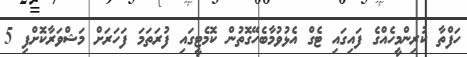
ހަފްތާ ކުރިންމީހެއްގެ ފައިގައި ޓެގް އެޅުވުމާބެހޭގޮތުން ކޮމެޓީގައި ފުރަތަމަ ފަހަރަށް މަޝްވަރާކޮށްފި 5